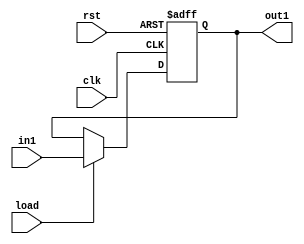
module register(rst,clk,in1,load,out1);
input [7:0]in1;
input load,rst,clk;
output reg [7:0]out1;
always@(posedge clk or posedge rst)
begin
if(rst)
out1<=8'd0;
else if(load)
out1<=in1;
else
out1<=out1;
end
endmodule